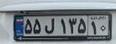
۵۵ل۱۳۵۱۰